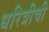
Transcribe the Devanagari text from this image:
धरित्रीची